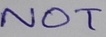
Text: NOT